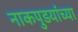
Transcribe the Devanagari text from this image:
नाकपुडयांच्या